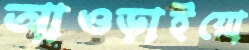
আওড়াইয়ো